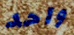
واحد